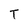
Character: T